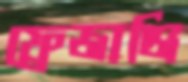
ফ্রেজাঞ্জি